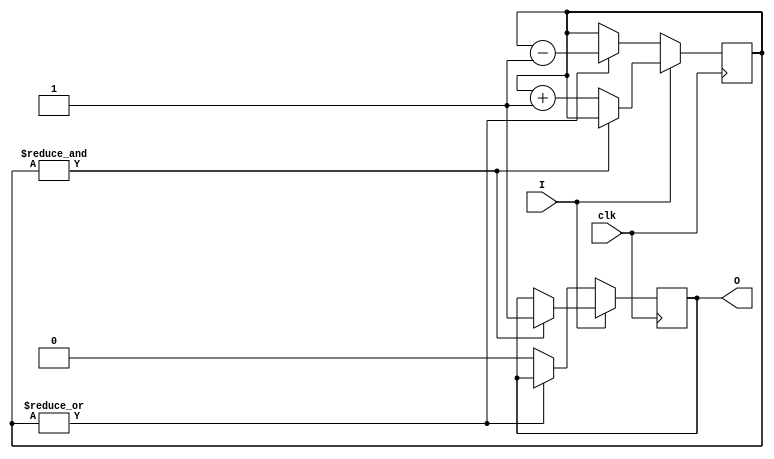
module AntiJitter(
	input clk, input I, output reg O
);
	parameter WIDTH = 20;
	reg [WIDTH-1:0] cnt = 0;

	always @ (posedge clk)
	begin
		if(I)
		begin
			if(&cnt)
				O <= 1'b1;
			else
				cnt <= cnt + 1'b1;
		end
		else
		begin
			if(|cnt)
				cnt <= cnt - 1'b1;
			else
				O <= 1'b0;
		end
	end

endmodule